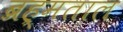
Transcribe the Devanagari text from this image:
ब्रह्मताल